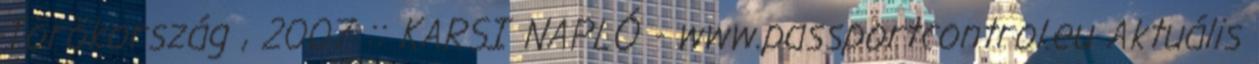
Törökország , 2007 :: KARSI NAPLÓ - www.passportcontrol.eu Aktuális